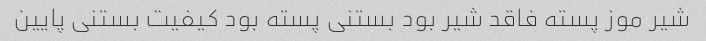
شیر موز پسته فاقد شیر بود بستنی پسته بود کیفیت بستنی پایین